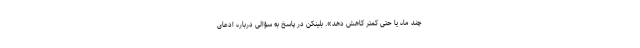
چند ماه یا حتی کمتر کاهش دهد». بلینکن در پاسخ به سؤالی درباره ادعای